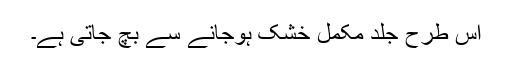
اس طرح جلد مکمل خشک ہوجانے سے بچ جاتی ہے۔